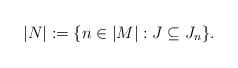
LaTeX: \begin{align*}|N| := \{n \in |M| : J \subseteq J_n\}.\end{align*}